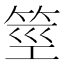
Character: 𰩼